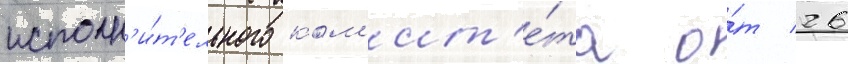
исполн'и́т'ельного ком'ит'е́та о́т 26